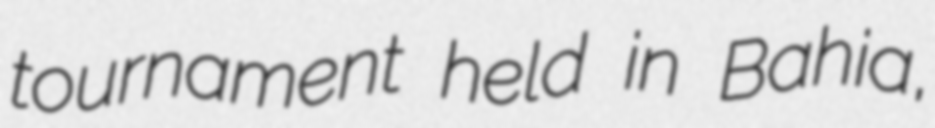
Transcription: tournament held in Bahia,